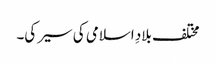
مختلف بلادِ اسلامی کی سیر کی۔